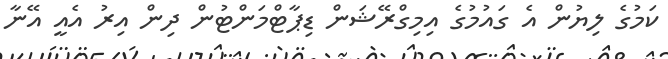
ކަމުގެ ލިޔުން އެ ގައުމުގެ އިމިގްރޭޝަން ޑިޕާޓްމަންޓުން ދިން އިރު އެއީ އޭނާ